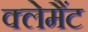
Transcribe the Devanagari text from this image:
क्लेमैंट